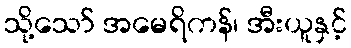
သို့သော် အမေရိကန်၊ အီးယူနှင့်